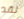
لقد